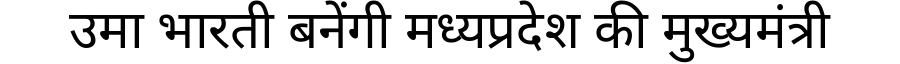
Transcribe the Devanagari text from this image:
उमा भारती बनेंगी मध्यप्रदेश की मुख्यमंत्री